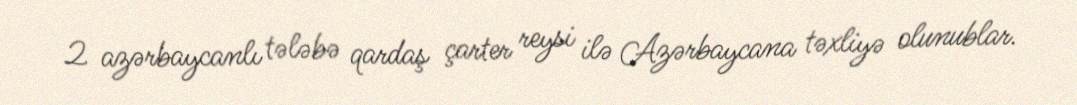
2 azərbaycanlı tələbə qardaş çarter reysi ilə Azərbaycana təxliyə olunublar.